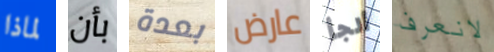
لماذا بأن بعدة عارض ألجأ لانعرف